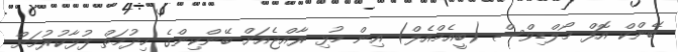
ބޭންކް އޮފް މޯލްޑިވްސް (ބީއެމްއެލް) އިން މުޅި ރާއްޖެއަށް ބޭންކިންގެ ހިދުމަތް ފުޅާކުރުމަށް